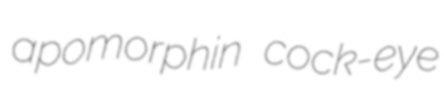
apomorphin cock-eye